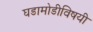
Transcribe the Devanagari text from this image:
घडामोडीविषयी